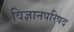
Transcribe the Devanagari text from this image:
विज्ञानपरिषद